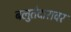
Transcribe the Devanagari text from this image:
बलुतेदारावर